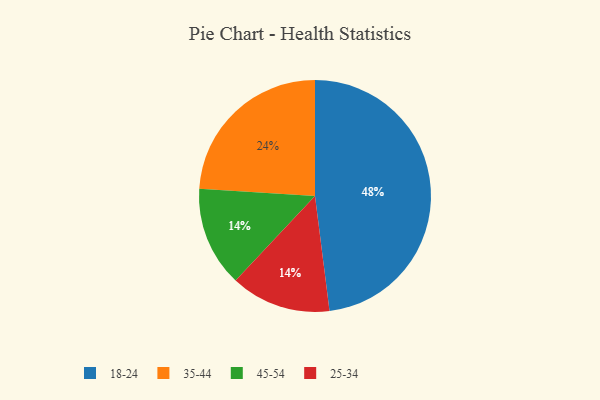
{"axis": {"x": "Category", "y": "Percentage"}, "legend": ["18-24", "25-34", "35-44", "45-54"], "data": [{"x": "45-54", "y": 14, "type": "45-54"}, {"x": "35-44", "y": 24, "type": "35-44"}, {"x": "25-34", "y": 14, "type": "25-34"}, {"x": "18-24", "y": 48, "type": "18-24"}]}